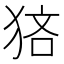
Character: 𤞼